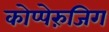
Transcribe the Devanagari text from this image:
कोप्पेरुंजिग